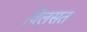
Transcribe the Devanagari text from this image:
विलसत